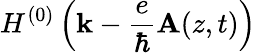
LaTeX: H^{(0)}\left({\mathbf k}-\frac{e}{\hbar}{\mathbf A}(z,t)\right)